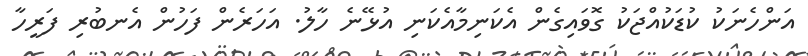
އަންހެނަކު ކުޑަކުއްޖަކު ގޮވައިގެން އެކަނިމާއެކަނި އުޅޭނެ ހާލު. އަހަރެން ފަހުން އެނބުރި ފަރީހާ